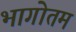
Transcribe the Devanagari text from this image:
भागोतम